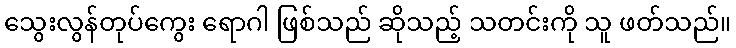
သွေးလွန်တုပ်ကွေး ရောဂါ ဖြစ်သည် ဆိုသည့် သတင်းကို သူ ဖတ်သည်။